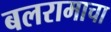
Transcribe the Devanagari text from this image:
बलरामाचा